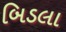
બિડલા